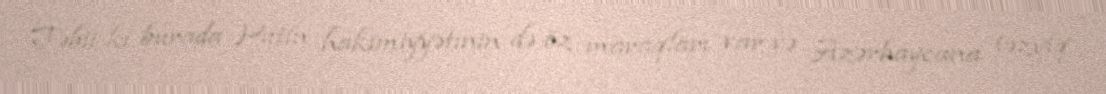
Təbii ki, burada Putin hakimiyyətinin də öz maraqları var və Azərbaycana təzyiq